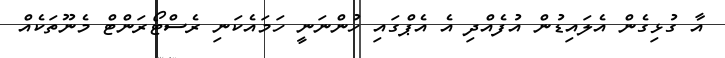
އާ ގުޅިގެން އެލައިޑުން އުފެއްދި އެ އެޕްގައި ހުންނަނީ ހަމައެކަނި ރެސްޓޯރަންޓް މެނޫތަކެއް